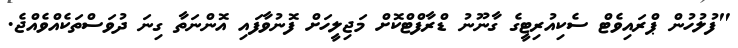
"ފުލުހުން ޕްރައިވެޓް ސެކިއުރިޓީގެ ގާނޫނު ޑްރާފްޓްކޮށް މަޖިލީހަށް ފޮނުވާފައި އޮންނަތާ ގިނަ ދުވަސްތަކެއްވެއްޖެ.